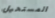
المستحيل